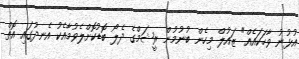
އުޅުނު ވާހަކައެއް" ޒައުލް މިހެން ބުނުމުން ރީޝަމްގެ ދެލޯ ބޮޑުކޮށްލެވުމާއެކު އެނދުގައި އޮތް